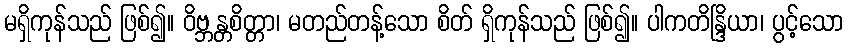
မရှိကုန်သည် ဖြစ်၍။ ဝိဗ္ဘန္တစိတ္တာ၊ မတည်တန့်သော စိတ် ရှိကုန်သည် ဖြစ်၍။ ပါကတိန္ဒြိယာ၊ ပွင့်သော